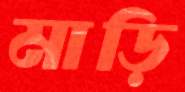
মাড়ি